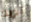
تريد